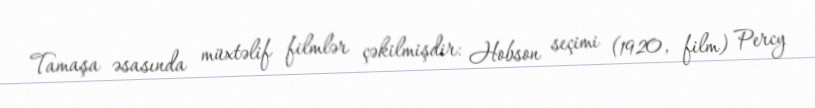
Tamaşa əsasında müxtəlif filmlər çəkilmişdir: Hobson seçimi (1920, film) Percy